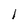
Character: I